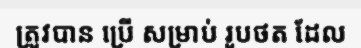
ត្រូវបាន ប្រើ សម្រាប់ រូបថត ដែល